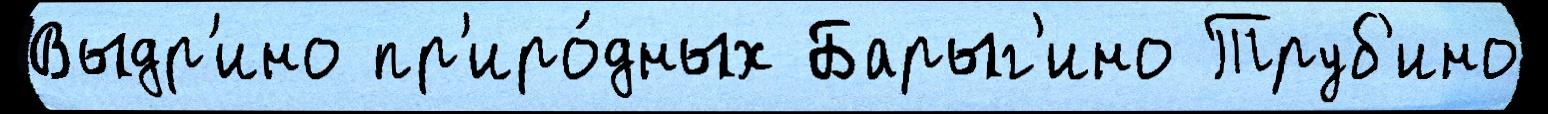
Выдр'ино пр'иро́дных Барыг'ино Труб'ино